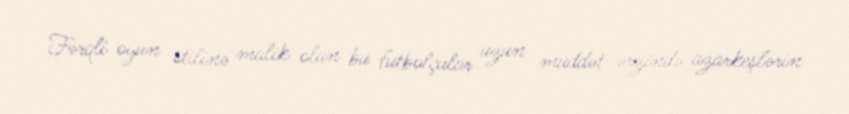
Fərqli oyun stilinə malik olan bu futbolçular uzun müddət ərzində azarkeşlərin